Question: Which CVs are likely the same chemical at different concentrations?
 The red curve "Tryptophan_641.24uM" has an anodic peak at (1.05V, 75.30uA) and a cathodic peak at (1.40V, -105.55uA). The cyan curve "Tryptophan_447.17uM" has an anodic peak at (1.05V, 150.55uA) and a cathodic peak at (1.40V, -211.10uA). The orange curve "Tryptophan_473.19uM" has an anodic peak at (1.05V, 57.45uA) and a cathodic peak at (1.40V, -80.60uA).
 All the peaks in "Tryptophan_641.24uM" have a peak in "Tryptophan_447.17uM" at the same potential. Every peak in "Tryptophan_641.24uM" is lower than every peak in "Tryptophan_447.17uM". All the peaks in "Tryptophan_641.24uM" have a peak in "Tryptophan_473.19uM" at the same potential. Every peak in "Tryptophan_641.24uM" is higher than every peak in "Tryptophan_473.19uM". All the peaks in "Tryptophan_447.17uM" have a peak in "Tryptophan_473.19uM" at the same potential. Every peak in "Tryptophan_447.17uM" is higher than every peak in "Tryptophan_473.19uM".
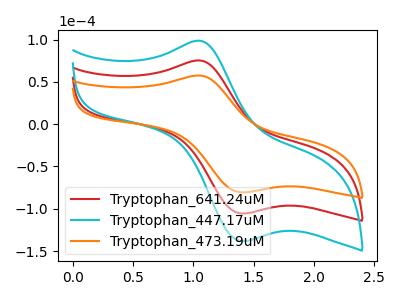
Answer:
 <answer>"Tryptophan_473.19uM", "Tryptophan_641.24uM" and "Tryptophan_447.17uM" have the same shape and are likely CV's of the same chemical.</answer>
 <eval>"Tryptophan_473.19uM" "Tryptophan_641.24uM" "Tryptophan_447.17uM"</eval>